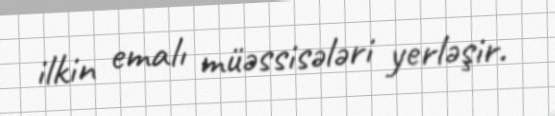
ilkin emalı müəssisələri yerləşir.